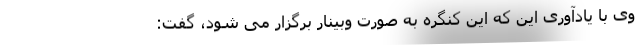
وی با یادآوری این که این کنگره به صورت وبینار برگزار می شود، گفت: